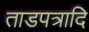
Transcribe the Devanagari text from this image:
ताडपत्रादि